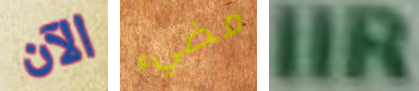
الآن مضيء IIR